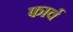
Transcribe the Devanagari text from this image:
फार्व